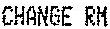
CHANGE RM